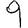
Digit: 9